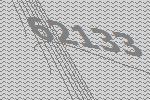
62133